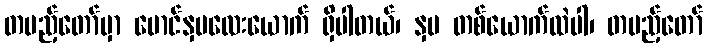
တပည့်တော်မှာ မောင်နှမလေးယောက် ရှိပါတယ်၊ နှမ တစ်ယောက်ထဲပါ၊ တပည့်တော်